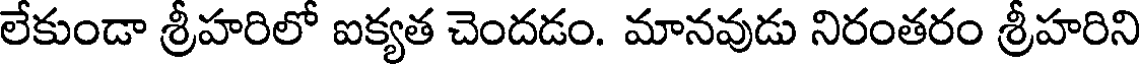
లేకుండా శ్రీహరిలో ఐక్యత చెందడం. మానవుడు నిరంతరం శ్రీహరిని